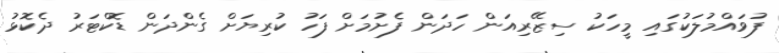
ފުވައްމުލަކުގައި މީހަކު ސިޒޭރިއަން ހަދަން ފެށުމަށް ފަހު ކުރިޔަށް ގެންދަން ޑޮކްޓަރު ދެކޮޅު